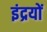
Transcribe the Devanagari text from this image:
इंद्रयों